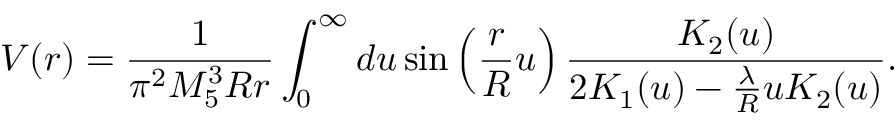
V ( r ) = \frac { 1 } { \pi ^ { 2 } M _ { 5 } ^ { 3 } R r } \int _ { 0 } ^ { \infty } d u \sin \left( \frac { r } { R } u \right) \frac { K _ { 2 } ( u ) } { 2 K _ { 1 } ( u ) - \frac { \lambda } { R } u K _ { 2 } ( u ) } .